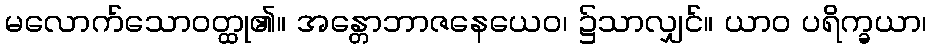
မလောက်သောဝတ္ထု၏။ အန္တောဘာဇနေယေဝ၊ ၌သာလျှင်။ ယာဝ ပရိက္ခယာ၊